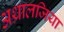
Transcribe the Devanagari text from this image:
अथ्रालजिया